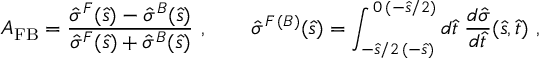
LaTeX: A _ { \mathrm { F B } } = \frac { \hat { \sigma } ^ { F } ( \hat { s } ) - \hat { \sigma } ^ { B } ( \hat { s } ) } { \hat { \sigma } ^ { F } ( \hat { s } ) + \hat { \sigma } ^ { B } ( \hat { s } ) } ~ , \qquad \hat { \sigma } ^ { F \, ( B ) } ( \hat { s } ) = \int _ { - \hat { s } / 2 \, ( - \hat { s } ) } ^ { \, 0 \, ( - \hat { s } / 2 ) } d \hat { t } \; \frac { d \hat { \sigma } } { d \hat { t } } ( \hat { s } , \hat { t } ) ~ ,